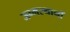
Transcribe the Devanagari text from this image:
जन्मस्थानों